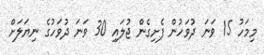
މިމަހު 15 ވަނަ ދުވަހުން ފެށިގެން ޖުލައި 30 ވަނަ ދުވަހުގެ ނިޔަލަށް